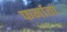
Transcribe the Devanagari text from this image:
फर्माता